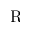
\mathrm { R }